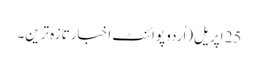
25 اپریل(اُردو پوائنٹ اخبارتازہ ترین۔